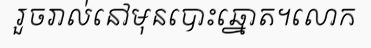
រួចរាល់នៅមុនបោះឆ្នោត។លោក